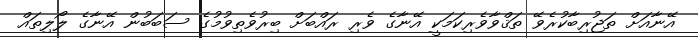
އޭނާއަށް ތަޖުރިބާކުރެވޭ ތަޤްވާވެރިކަމަކީ އޭނާގެ ވެރި ރައްބަށް ބިރުވެތިވުމުގެ ސަބަބުން އޭނާގެ ލޯލިތައް